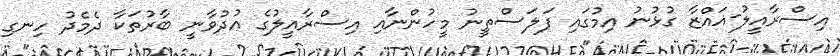
އިސްރާއީލު-ޣައްޒާ ގުޅުނު އިމުގައި ފަލަސްތީނު މީހުންނާއި އިސްރާއީލުގެ އުދުވާނީ ބާރުތަކާ ދެމެދު ހިނގި